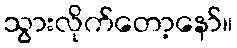
သွားလိုက်တော့နော်။